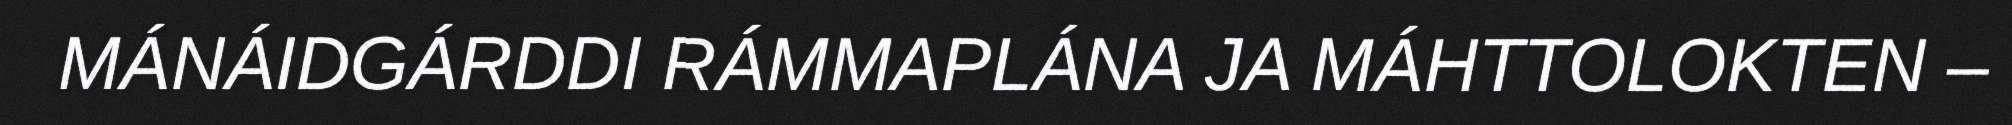
MÁNÁIDGÁRDDI RÁMMAPLÁNA JA MÁHTTOLOKTEN –